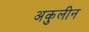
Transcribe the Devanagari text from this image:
अकुलीन